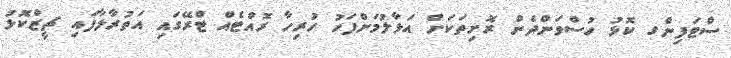
ސްޓަފިންގ ކޮޅު ހުސްވަންދެން ރޮށިތަކަށް އަޅާލުމަށްފަހު ހުރިހާ ރޮއްޓެއް ޓްރޭގައި އަތުރާލާފައި ޗީޒްކޮޅު